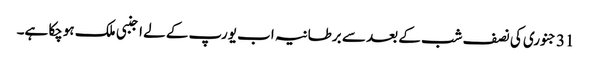
31 جنوری کی نصف شب کے بعد سے برطانیہ اب یورپ کے لے اجنبی ملک ہوچکا ہے۔